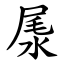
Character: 㞙